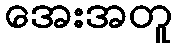
အေးအတူ